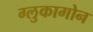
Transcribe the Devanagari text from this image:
ग्लुकागोन